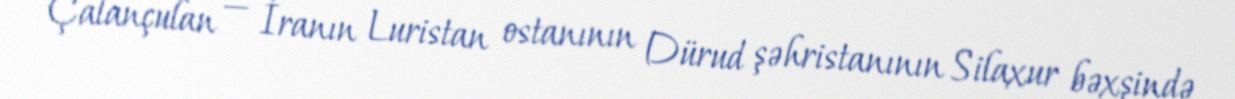
Çalançulan — İranın Luristan ostanının Dürud şəhristanının Silaxur bəxşində